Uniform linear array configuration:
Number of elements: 8
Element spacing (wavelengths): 1
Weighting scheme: binomial
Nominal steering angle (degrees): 45
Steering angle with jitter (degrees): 46.103
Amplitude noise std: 0.05
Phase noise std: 0.05

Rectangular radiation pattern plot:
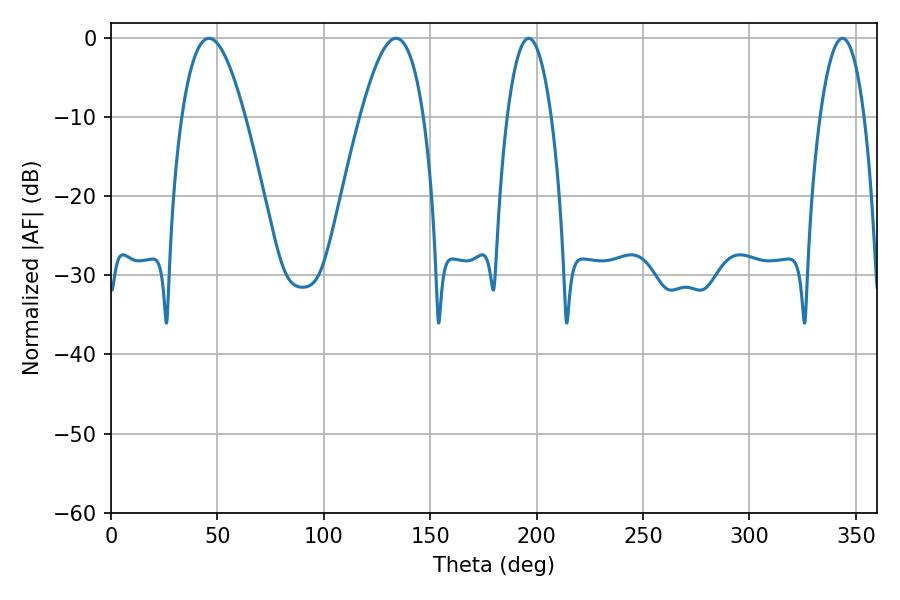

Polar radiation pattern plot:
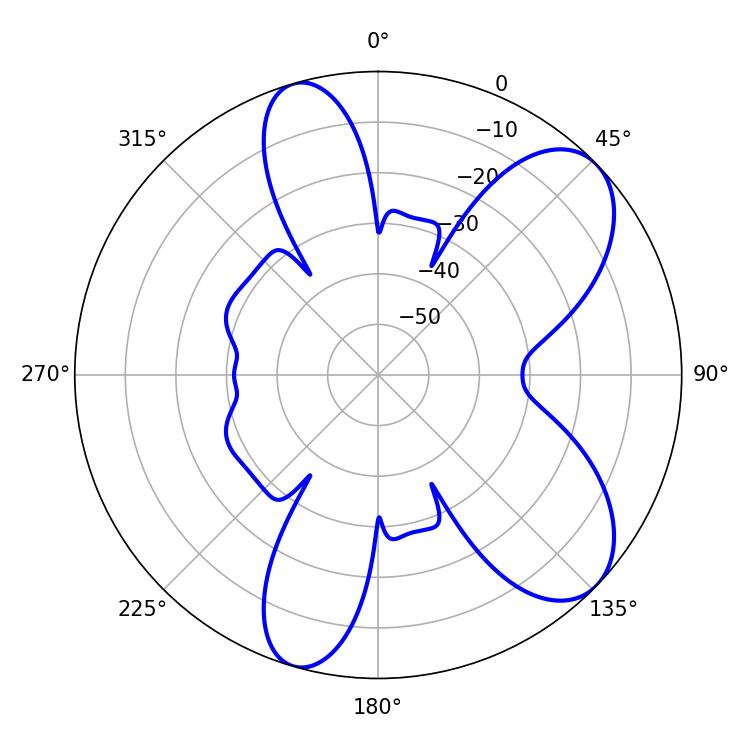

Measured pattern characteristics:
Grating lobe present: TRUE
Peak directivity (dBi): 7.905
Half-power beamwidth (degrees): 16.2
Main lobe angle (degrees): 46.08